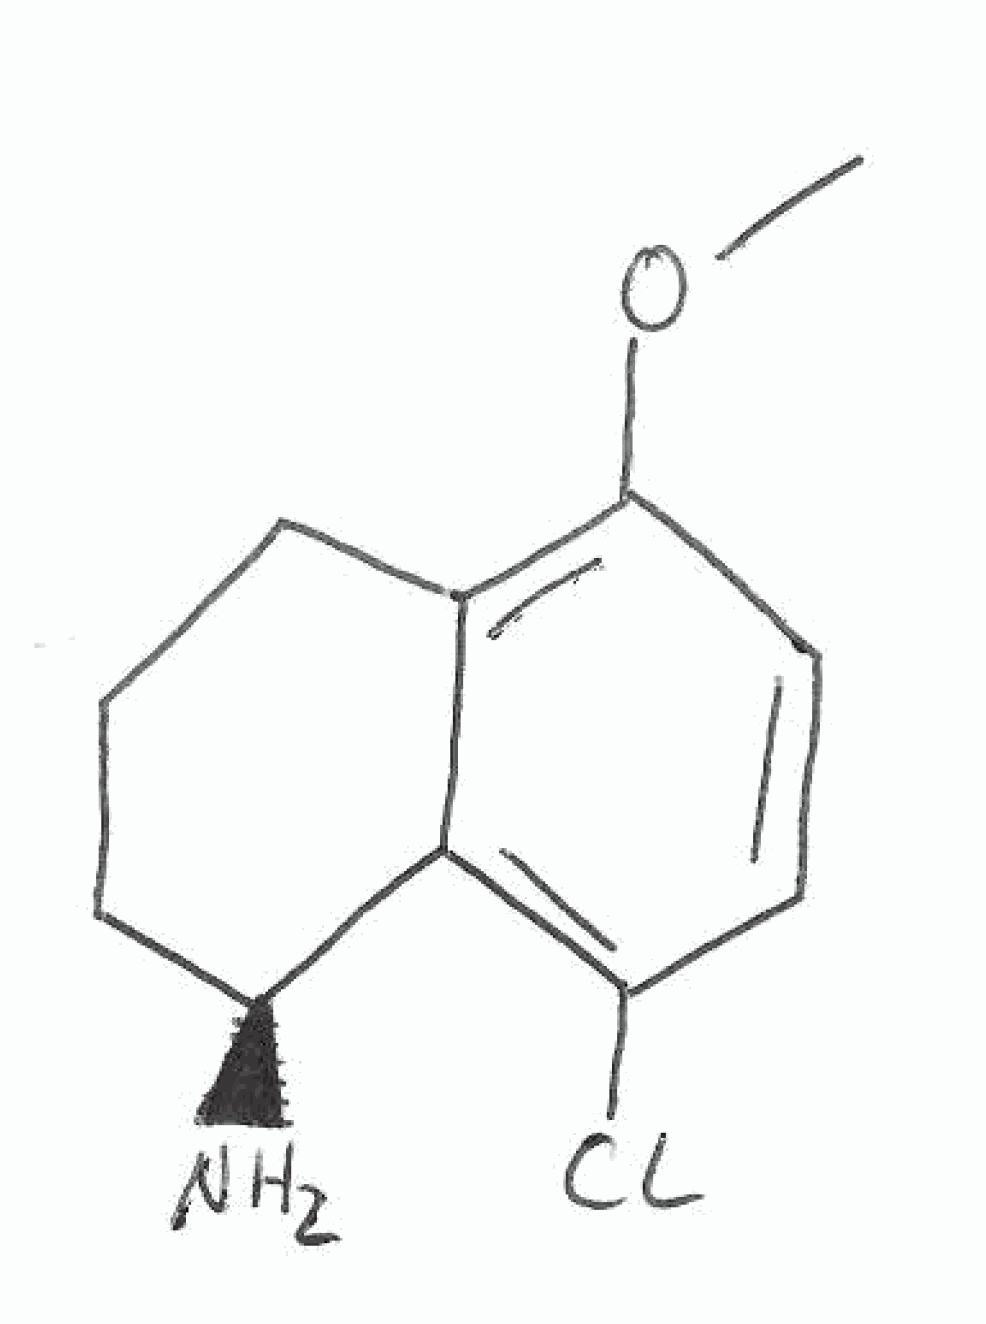
Simplified molecular-input line-entry system (SMILES) notation of the given molecule:
COC1=C2CCC[C@@H](C2=C(C=C1)Cl)N